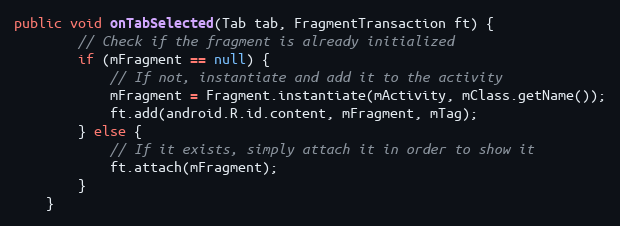
Language: Java
public void onTabSelected(Tab tab, FragmentTransaction ft) {
		// Check if the fragment is already initialized
		if (mFragment == null) {
			// If not, instantiate and add it to the activity
			mFragment = Fragment.instantiate(mActivity, mClass.getName());
			ft.add(android.R.id.content, mFragment, mTag);
		} else {
			// If it exists, simply attach it in order to show it
			ft.attach(mFragment);
		}
	}